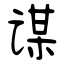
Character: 谋